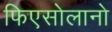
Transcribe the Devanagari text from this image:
फिएसोलानो